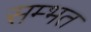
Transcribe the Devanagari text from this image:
सम्भत